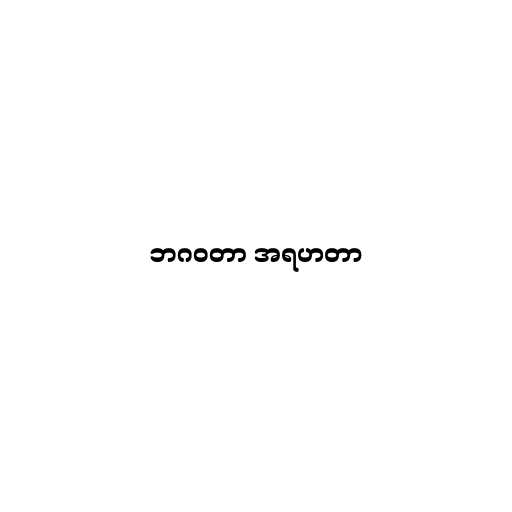
ဘဂဝတာ အရဟတာ